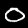
Digit: 0